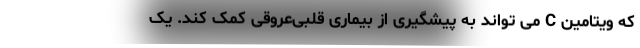
که ویتامین C می تواند به پیشگیری از بیماری قلبی‌عروقی کمک کند. یک